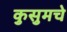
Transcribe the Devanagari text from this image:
कुसुमचे